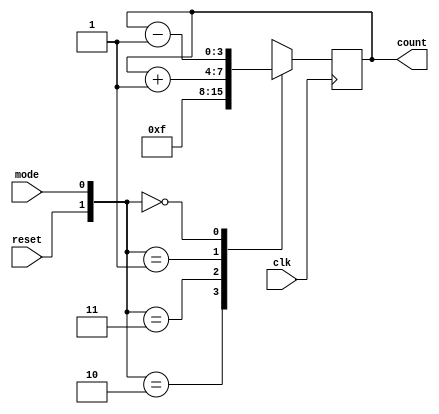
module name(clk,reset,mode,count);
input clk,reset,mode;
output reg [3:0]count;

always @(negedge clk)
begin
    case({reset,mode})
    2'b10: count<=4'b0000;
    2'b11: count<=4'b1111;
    2'b01: count<=count+1;
    2'b00: count<=count-1;
    endcase
end
endmodule